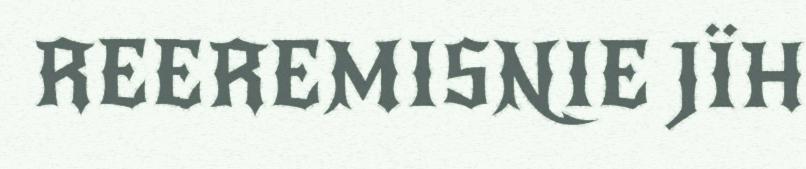
REEREMISNIE JÏH